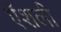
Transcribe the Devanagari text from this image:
ऍशली